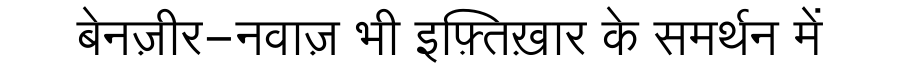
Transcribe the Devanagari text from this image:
बेनज़ीर-नवाज़ भी इफ़्तिख़ार के समर्थन में